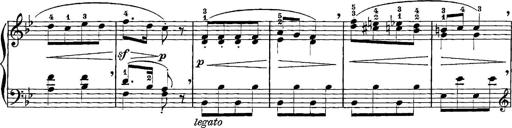
Title: 12 Sonatinas
Composer: Ignaz Pleyel